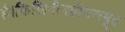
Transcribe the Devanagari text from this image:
है।फिलिपीनद्वीपसमूह